Civil Veterinary Dept. Assam report 1927-50 - 1927-1950
Year: 1927
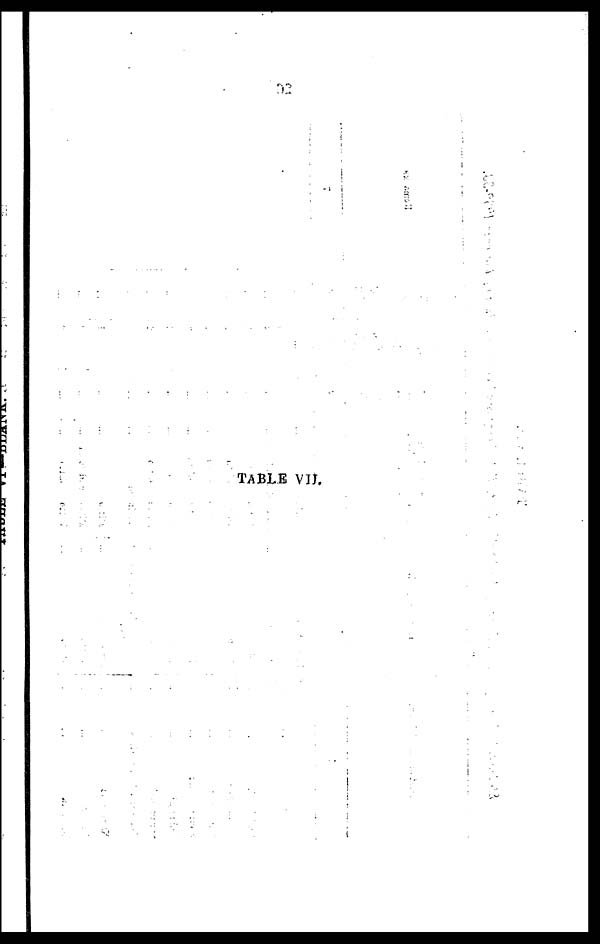
TABLE VII.